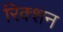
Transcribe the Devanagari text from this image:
रिक्शन